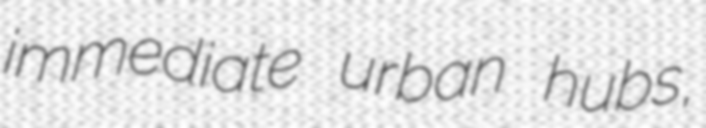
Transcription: immediate urban hubs,